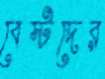
বেস্টদের